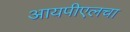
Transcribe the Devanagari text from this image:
आयपीएलचा